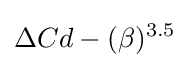
\Delta Cd-(\beta )^{3.5}